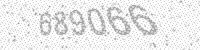
Solution: 689066